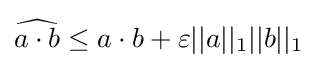
{\widehat {a\cdot b}}\leq a\cdot b+\varepsilon ||a||_{1}||b||_{1}